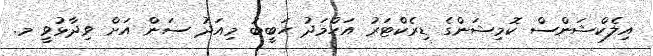
އިލެކްޝަންސް ކޮމިޝަންގެ ޑިރެކްޓަރު އަހްމަދު ހަބީބު މިއަދު ސަން އަށް ވިދާޅުވީ މ.